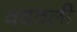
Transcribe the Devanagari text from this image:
वदवली